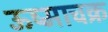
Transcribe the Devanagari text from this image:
ऊष्माचक्र